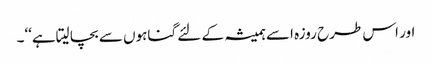
اور اس طرح روزہ اسے ہمیشہ کے لئے گناہوں سے بچا لیتاہے‘‘۔